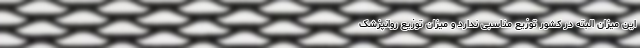
این میزان البته در کشور توزیع مناسبی ندارد و میزان توزیع روانپزشک